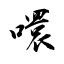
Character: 噮